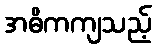
အဓိကကျသည့်